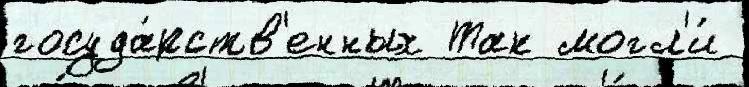
госуда́рств'енных Так могл'и́